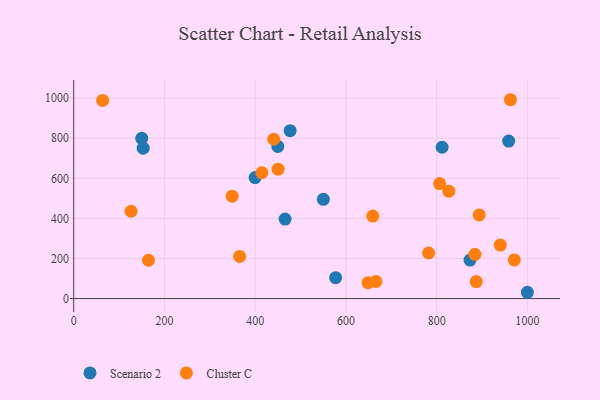
{"axis": {"x": "Experience", "y": "Profit"}, "legend": ["Cluster C", "Scenario 2"], "data": [{"x": "150.0", "y": 799.7, "type": "Scenario 2"}, {"x": "465.9", "y": 396.7, "type": "Scenario 2"}, {"x": "577.4", "y": 104.4, "type": "Scenario 2"}, {"x": "1000.0", "y": 31.3, "type": "Scenario 2"}, {"x": "153.2", "y": 750.7, "type": "Scenario 2"}, {"x": "399.8", "y": 603.7, "type": "Scenario 2"}, {"x": "449.9", "y": 759.4, "type": "Scenario 2"}, {"x": "958.8", "y": 786.1, "type": "Scenario 2"}, {"x": "873.6", "y": 191.9, "type": "Scenario 2"}, {"x": "812.0", "y": 755.0, "type": "Scenario 2"}, {"x": "550.3", "y": 495.4, "type": "Scenario 2"}, {"x": "477.1", "y": 837.6, "type": "Scenario 2"}, {"x": "63.8", "y": 988.7, "type": "Cluster C"}, {"x": "893.8", "y": 417.2, "type": "Cluster C"}, {"x": "440.9", "y": 795.0, "type": "Cluster C"}, {"x": "971.2", "y": 192.8, "type": "Cluster C"}, {"x": "659.2", "y": 411.6, "type": "Cluster C"}, {"x": "414.7", "y": 627.8, "type": "Cluster C"}, {"x": "826.9", "y": 535.8, "type": "Cluster C"}, {"x": "126.5", "y": 435.7, "type": "Cluster C"}, {"x": "884.4", "y": 220.5, "type": "Cluster C"}, {"x": "940.4", "y": 266.8, "type": "Cluster C"}, {"x": "349.2", "y": 510.8, "type": "Cluster C"}, {"x": "962.7", "y": 992.3, "type": "Cluster C"}, {"x": "450.5", "y": 645.5, "type": "Cluster C"}, {"x": "806.5", "y": 573.6, "type": "Cluster C"}, {"x": "666.2", "y": 85.4, "type": "Cluster C"}, {"x": "782.3", "y": 227.2, "type": "Cluster C"}, {"x": "365.7", "y": 210.4, "type": "Cluster C"}, {"x": "164.9", "y": 191.1, "type": "Cluster C"}, {"x": "648.8", "y": 79.4, "type": "Cluster C"}, {"x": "887.3", "y": 84.9, "type": "Cluster C"}]}